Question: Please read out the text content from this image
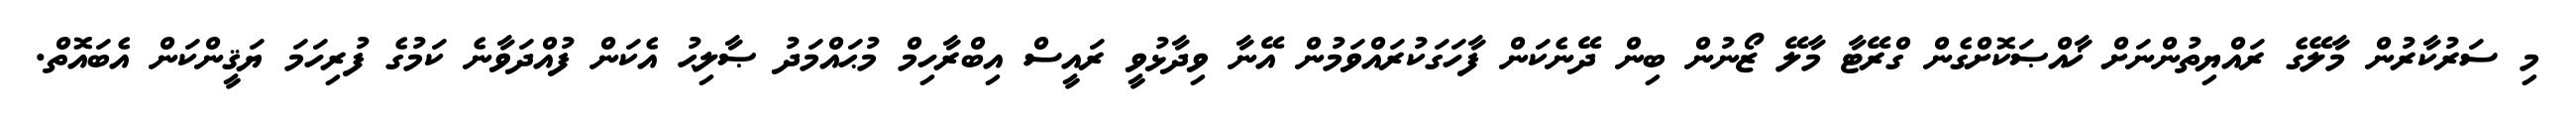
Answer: މި ސަރުކާރުން މާލޭގެ ރައްޔިތުންނަށް ޚާއްޞަކޮށްގެން ގްރޭޓާ މާލޭ ޒޯނުން ބިން ދޭނެކަން ފާހަގަކުރައްވަމުން އޭނާ ވިދާޅުވީ ރައީސް އިބްރާހިމް މުޙައްމަދު ޞާލިޙު އެކަން ފުއްދަވާނެ ކަމުގެ ފުރިހަމަ ޔަޤީންކަން އެބައޮތް.